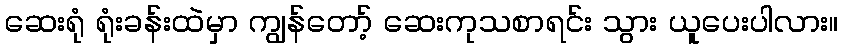
ဆေးရုံ ရုံးခန်းထဲမှာ ကျွန်တော့် ဆေးကုသစာရင်း သွား ယူပေးပါလား။